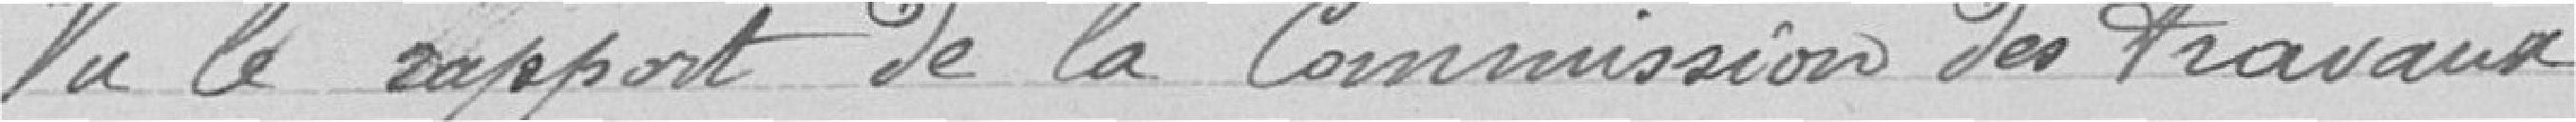
Vu le rapport de la Commission des travaux